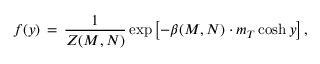
f ( y ) \, = \, \frac { 1 } { Z ( M , N ) } \exp \left[ - \beta ( M , N ) \cdot m _ { T } \cosh y \right] ,